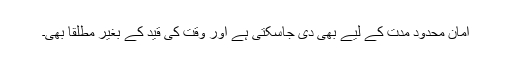
امان محدود مدت کے لیے بھی دی جاسکتی ہے اور وقت کی قید کے بغیر مطلقاً بھی۔